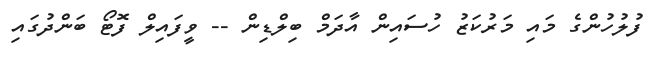
ފުލުހުންގެ މައި މަރުކަޒު ހުސައިން އާދަމް ބިލްޑިން -- ވީފައިލް ފޮޓޯ ބަންދުގައި